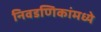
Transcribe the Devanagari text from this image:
निवडणिकांमध्ये